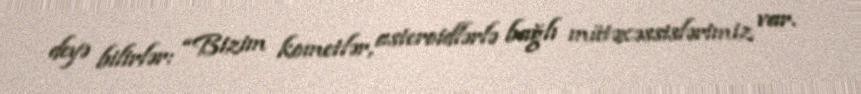
deyə bilirlər: “Bizim kometlər, asteroidlərlə bağlı mütəxəssislərimiz var.